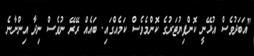
"އަބަދުވެސް އުޅޭނީ ކޮންޕިޔުޓަރުގެ ކޮންމެވެސް ކަމެއްގައި. ބައެއް ރޭރޭ ނުވެސް ނިދާ އިންނާނެ